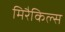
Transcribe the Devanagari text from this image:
मिरैकिल्स